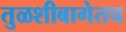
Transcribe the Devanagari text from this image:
तुळशीबागेतच